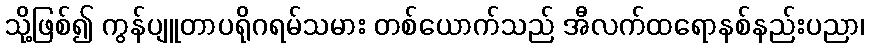
သို့ဖြစ်၍ ကွန်ပျူတာပရိုဂရမ်သမား တစ်ယောက်သည် အီလက်ထရောနစ်နည်းပညာ၊